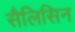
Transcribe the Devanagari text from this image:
सैलिसिन